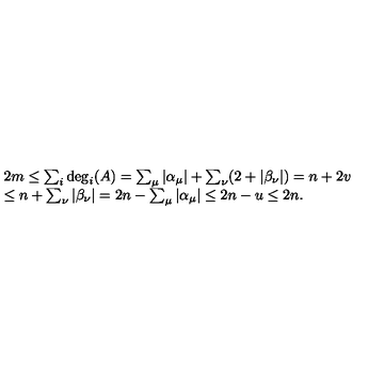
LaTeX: \begin{array} { l } { 2 m \le \sum _ { i } \deg _ { i } ( A ) = \sum _ { \mu } | \alpha _ { \mu } | + \sum _ { \nu } ( 2 + | \beta _ { \nu } | ) = n + 2 v } \\ { \le n + \sum _ { \nu } | \beta _ { \nu } | = 2 n - \sum _ { \mu } | \alpha _ { \mu } | \le 2 n - u \le 2 n . } \\ \end{array}